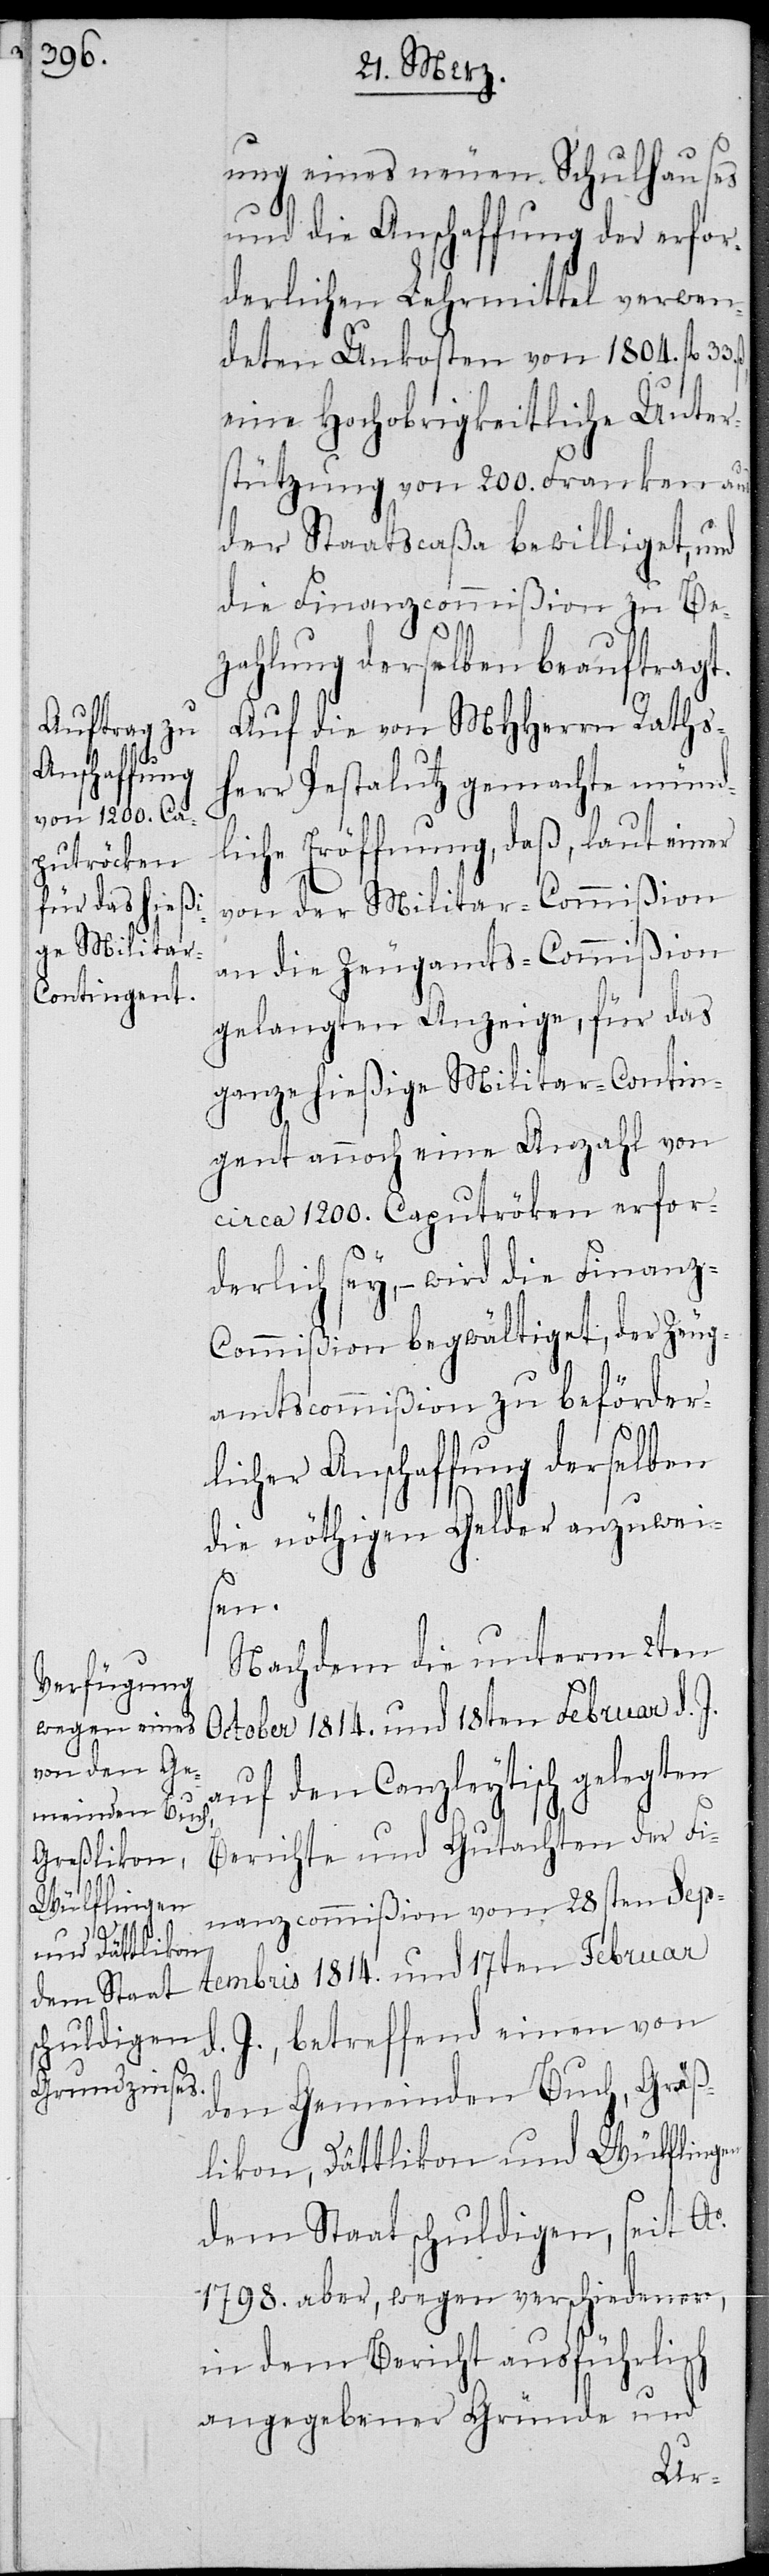
ung eines neuen Schulhauses
und die Anschaffung der erfor¬
derlichen Lehrmittel verwen¬
deten Unkosten von 1804. fl. 33.
eine Hochobrigkeitliche Unter¬
stützung von 200. Franken aus
der Staatscaßa bewilliget, und
die Finanzcommißion zu Be¬
zahlung derselben beauftragt.
Auf die von MHHerrn Raths¬
herr Pestalutz gemachte münd¬
liche Eröffnung, daß, laut einer
von der Militar-Commißion
an die Zeugamts-Commißion
gelangten Anzeige, für das
ganze hießige Militar-Contin¬
gent auch eine Anzahl von
circa 1200. Caputrö[c]ken erfor¬
derlich sey, – wird die Finanz-C¬
ommißion begwältiget, der Zeug¬
amtscommißion zu beförder¬
licher Anschaffung derselben
die nöthigen Gelder anzuwei¬
sen.
Nachdem die unterm 2ten
October 1814. und 18ten Februar d. J.
auf den Canzleytisch gelegten
Berichte und Gutachten der Fi¬
nanzcommißion vom 28sten Sep¬
tembris 1814. und 17ten Februar
J., betreffend einen von
d.
den Gemeinden Buch, Gräß¬
likon, Dättlikon und Wülflingen
dem Staat schuldigen, seit Ao.
1798. aber, wegen verschiedener,
in dem Bericht ausführlich
angegebener Gründe und